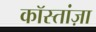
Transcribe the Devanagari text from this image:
कॉस्तांज़ा